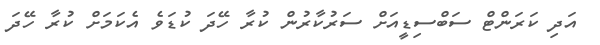
އަދި ކަރަންޓް ސަބްސިޑީއަށް ސަރުކާރުން ކުރާ ހޭދަ ކުޑަވެ އެކަމަށް ކުރާ ހޭދަ